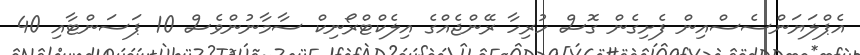
އެޕްލަޔަންސެސްއިން ފެށިގެން ގޮސް ހުރިހާ ރޭންޖެއްގެ އިލެކްޓްރޯނިކް ސާމާނުންވެސް 10 ޕަސަންޓާއި 40